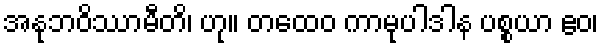
အနုဘဝိဿာမီတိ၊ ဟု။ တထေဝ ကာမုပါဒါန ပစ္စယာ ဧဝ၊